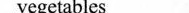
vegetables